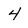
Character: 4